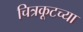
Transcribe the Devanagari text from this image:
चित्रकूटच्या